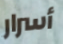
أسرار